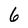
Character: 6